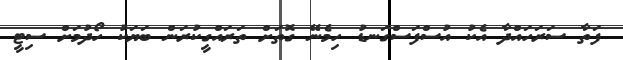
ފަތާ ސަރަހައްދާ އެކު އުސްފަސްގަނޑު ހިމެނޭ ގޮތަށް ތަރައްގީކުރަން ބަޔަކު ހޯދުމަށް ސިޓީ